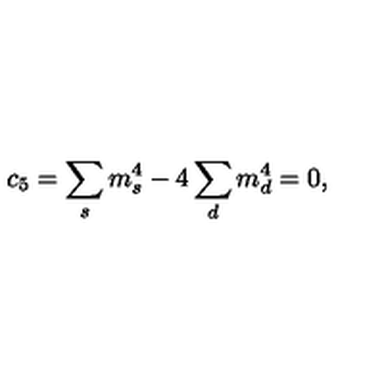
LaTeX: c _ { 5 } = \sum _ { s } m _ { s } ^ { 4 } - 4 \sum _ { d } m _ { d } ^ { 4 } = 0 ,